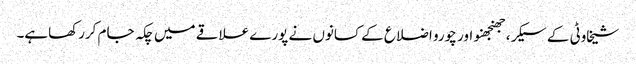
شیخاوٹی کے سیکر، جھنجھنو اور چورو اضلاع کے کسانوں نے پورے علاقے میں چکہ جام کررکھاہے۔